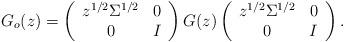
LaTeX: \begin{align*} G_o(z)=\left( {\begin{array}{*{20}c} { z^{1/2}\Sigma^{1/2}} & 0 \\ 0 & {I} \\ \end{array}} \right) G(z) \left( {\begin{array}{*{20}c} { z^{1/2}\Sigma^{1/2}} & 0 \\ 0 & {I} \\ \end{array}} \right).\end{align*}